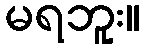
မရဘူး။